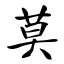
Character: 莫